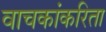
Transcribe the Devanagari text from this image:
वाचकांकरिता